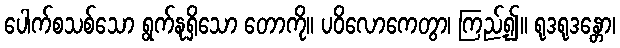
ပေါက်စသစ်သော ရွက်နုရှိသော တောကို။ ပဝိလောကေတွာ၊ ကြည့်၍။ ရုဒရုဒန္တော၊